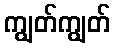
ကျွတ်ကျွတ်